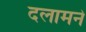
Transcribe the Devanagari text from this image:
दलामने